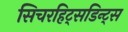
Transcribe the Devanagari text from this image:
सिचरहिट्सडिन्ट्स